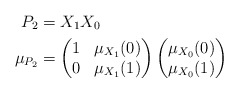
\begin{align*}P_2& = X_1 X_0\\\mu_{P_2}& =\begin{pmatrix}1& \mu_{X_1}(0)\\0& \mu_{X_1}(1)\end{pmatrix}\begin{pmatrix}\mu_{X_0}(0)\\\mu_{X_0}(1)\end{pmatrix}\end{align*}